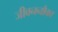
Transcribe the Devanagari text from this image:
जीवननौका